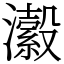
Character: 瀫